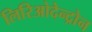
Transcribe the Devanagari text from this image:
लिरिओदेन्द्रोन